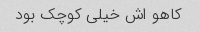
کاهو اش خیلی کوچک بود